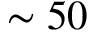
\sim 5 0